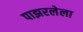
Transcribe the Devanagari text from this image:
पाझरलेला